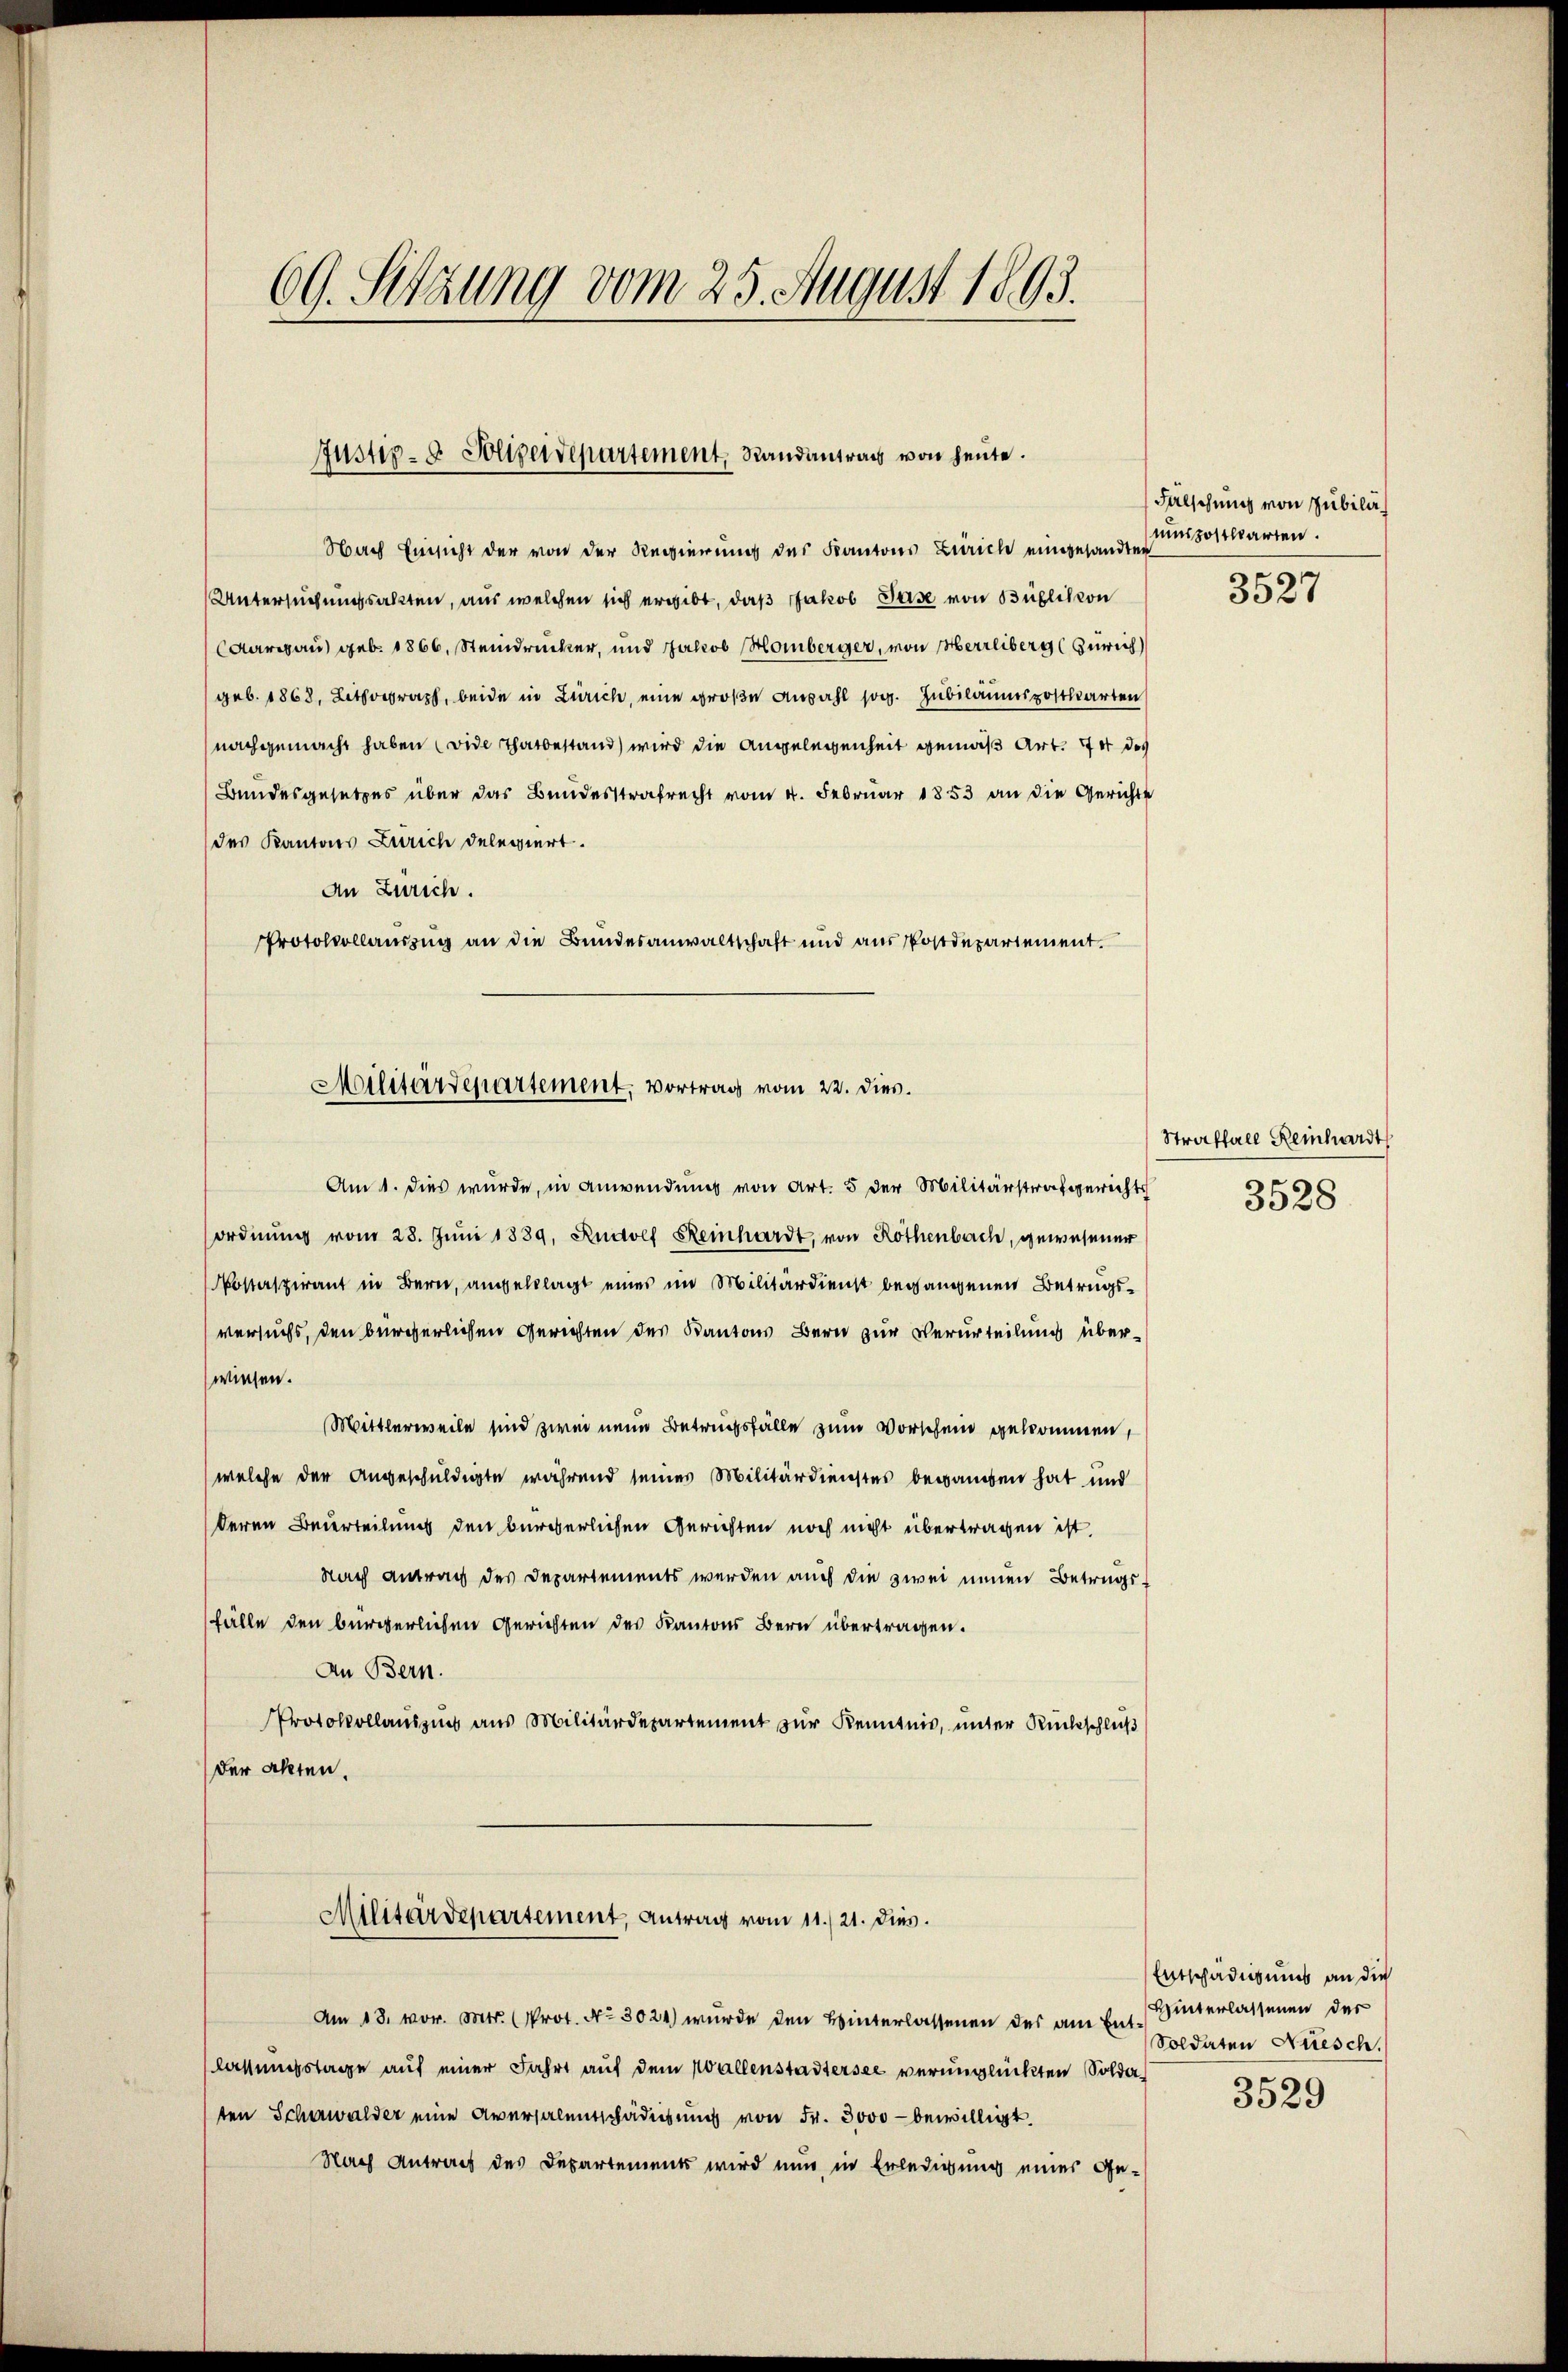
69. Sitzung vom 25. August 1893.

Justiz- & Polizeidepartement, Randantrag von heute.

Nach Einsicht der von der Regierung des Kantons Zürich eingesandter
Untersuchungsakten, aus welchen sich ergibt, daß Jakob Gase von Büblick von
Aargau) geb. 1866, Steindrucker, und Jakob Homberger, von Herrliberg (Zürich
geb. 1868, Lithograph, beide in Zürich, eine große Anzahl sog. Jubiläumszostkarten
nachgemacht haben (vide Thatbestand wird die Angelegenheit gemäß Art. 74 des
Bundesgesetzes über das Bundesstrafrecht vom 4. Februar 1853 an die Gerichte
des Kantons Zürich delegiert.
An Zürich.
Protokollauszug an die Bundesanwaltschaft und aus Postdepartement.

Am 1. Dies wurde, in Anwendung von Art. 5 der Militärstrafgerichts
ordnŭng vom 28. Jŭni 1889, Rudolf Reinhardt, von Rothenbach, gewesener
Nostspirant in Bern, angeklagt eines im Militärdienst begangenen Betrugsversuchs, den bürgerlichen Gerichten des Kantons Bern zur Verurteilung überwiesen.
Mittlerweile sind zwei neue Betrugsfälle zum Vorschein gekommen,
welche der Angeschuldigte während seines Militärdienstes begangen hat und
deren Beurteilung den Bürgerlichen Gerichten noch nicht übertragen ist.
Nach Antrag des Departements werden auch die zwei neuen Betrugsfälle den bürgerlichen Gerichten des Kantons Bern übertragen.
An Bern.
Protokollauszung aus Militärdepartement zur Kenntnis, unter Rückschluß
der Akten.
Militärdepartement, Antrag vom 11./21. Dies.
Am 13. vor. Mts. (Prot. No 3024) wurde den Hinterlassenen des am Ende Winterlassenen der
lassungstage auf einer Fahrt auf dem Wallenstadtersee verunglückten Soldar
ten Schewalder eine Aversalentschädigung von Fr. 3000 bewilligt.
Nach Antrag des Departements wird nun in Erledigung einer Ge-

Militärdepartement, Vortrag vom 22. dies.

Fälschung von Jubild
uunpostkarten.

3527

Straffall Reinhardt
3528

Entschädigung an die
Soldaten Nüesch
e

3529